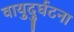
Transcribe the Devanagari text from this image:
वायुदुर्घटना